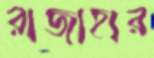
রাজাহার